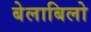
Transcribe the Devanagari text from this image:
बेलाबिलो